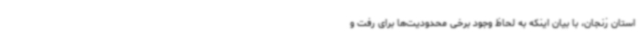
استان زنجان، با بیان اینکه به لحاظ وجود برخی محدودیت‌ها برای رفت و